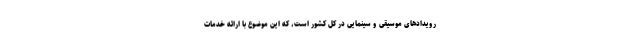
رویدادهای موسیقی و سینمایی در کل کشور است، که این موضوع با ارائه خدمات